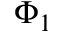
\Phi _ { 1 }